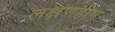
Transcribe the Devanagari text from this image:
लक्षणहीन